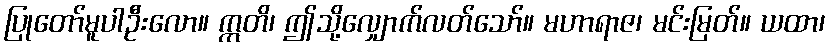
ပြုတော်မူပါဦးလော။ ဣတိ၊ ဤသို့လျှောက်လတ်သော်။ မဟာရာဇ၊ မင်းမြတ်။ ယထာ၊